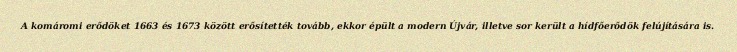
A komáromi erődöket 1663 és 1673 között erősítették tovább, ekkor épült a modern Újvár, illetve sor került a hídfőerődök felújítására is.